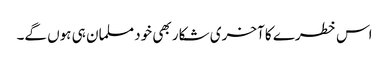
اس خطرے کا آخری شکار بھی خود مسلمان ہی ہوں گے۔